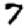
Digit: 7